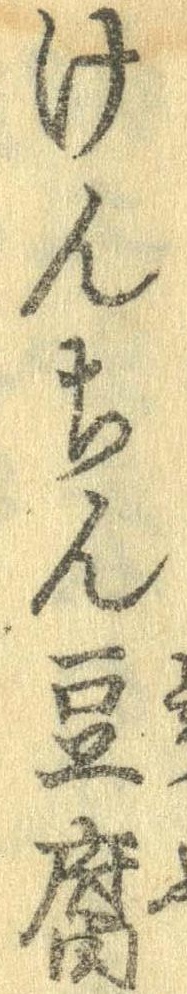
けんちん豆腐